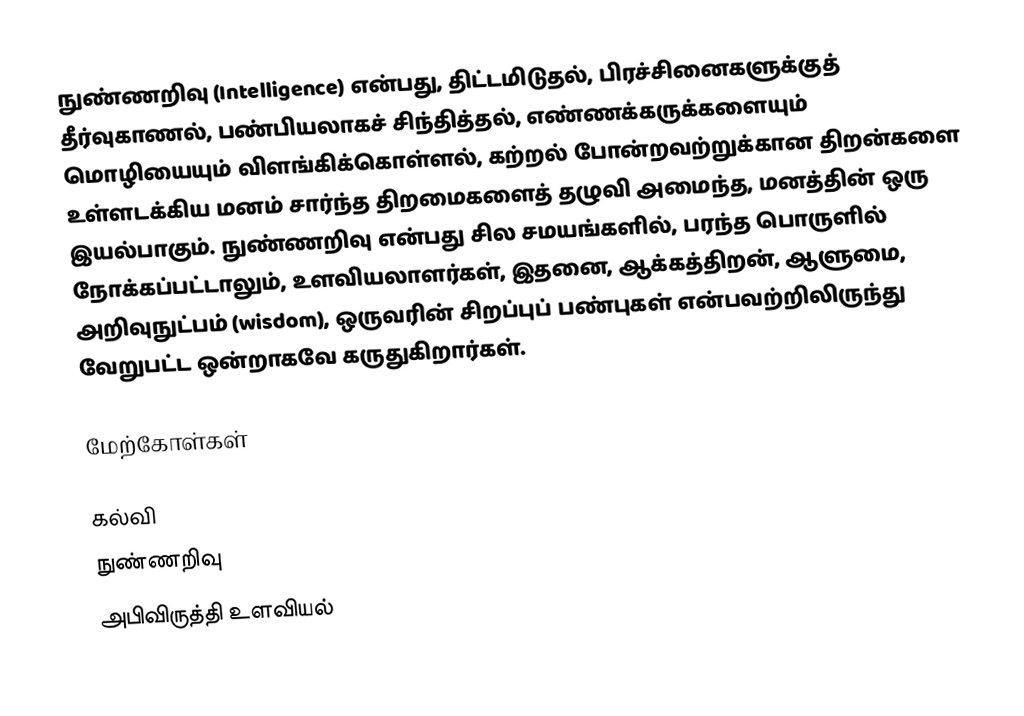
நுண்ணறிவு (Intelligence) என்பது, திட்டமிடுதல், பிரச்சினைகளுக்குத் தீர்வுகாணல், பண்பியலாகச் சிந்தித்தல், எண்ணக்கருக்களையும் மொழியையும் விளங்கிக்கொள்ளல், கற்றல் போன்றவற்றுக்கான திறன்களை உள்ளடக்கிய மனம் சார்ந்த திறமைகளைத் தழுவி அமைந்த, மனத்தின் ஒரு இயல்பாகும். நுண்ணறிவு என்பது சில சமயங்களில், பரந்த பொருளில் நோக்கப்பட்டாலும், உளவியலாளர்கள், இதனை, ஆக்கத்திறன், ஆளுமை, அறிவுநுட்பம் (wisdom), ஒருவரின் சிறப்புப் பண்புகள் என்பவற்றிலிருந்து வேறுபட்ட ஒன்றாகவே கருதுகிறார்கள்.

மேற்கோள்கள்

கல்வி
நுண்ணறிவு
அபிவிருத்தி உளவியல்